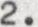
2.